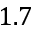
1 . 7